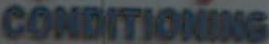
CONDITIONING